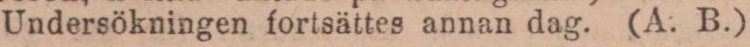
Undersökningen fortsättes annan dag. (A. B.)